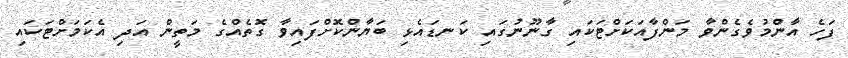
ފަހެ އާންމުވެގެންވާ މަންފާއަކަށްޓަކައި ގާނޫނުގައި ކަނޑައެޅި ބަޔާންކޮށްފައިވާ ގޮތެއްގެ މަތީން އަދި އެކަމަށްޓަކައި